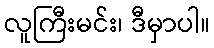
လူကြီးမင်း၊ ဒီမှာပါ။